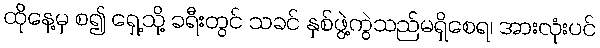
ထိုနေ့မှ စ၍ ရှေ့သို့ ခရီးတွင် သခင် နှစ်ဖွဲ့ကွဲသည်မရှိစေရ၊ အားလုံးပင်